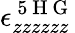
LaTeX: \epsilon_{zzzzzz}^{\mathrm{~5~H~G~}}